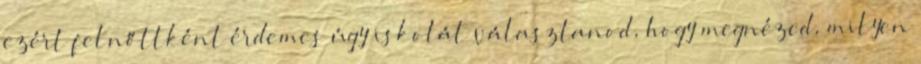
ezért felnőttként érdemes úgy iskolát választanod, hogy megnézed, milyen